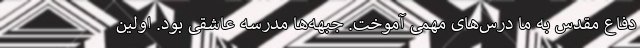
دفاع مقدس به ما درس‌های مهمی آموخت. جبهه‌ها مدرسه عاشقی بود. اولین